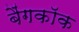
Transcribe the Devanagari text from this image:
बैंगकाॅक